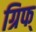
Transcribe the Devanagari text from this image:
ग्रिफ्